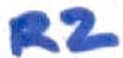
Text: R2